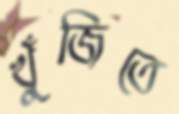
খুঁজিতে